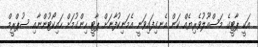
އަކީ ޕާޓީގެ މަސްއޫލުވެރިޔެއް ކަން އެނގިފައިވަނީ އެމަނިކުފާނަށް ޕާޓީ ހިންގުމަށް ހައިކޯޓުންނާއި ސުޕްރީމް